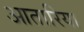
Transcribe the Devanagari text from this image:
आतारिया